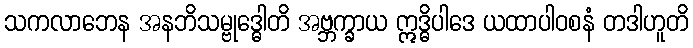
သကလာဘေန အနဘိသမ္ဗုဒ္ဓေါတိ အဗ္ဘက္ခာယ ဣဒ္ဓိပါဒေ ယထာပါဝစနံ တဒါဟူတိ